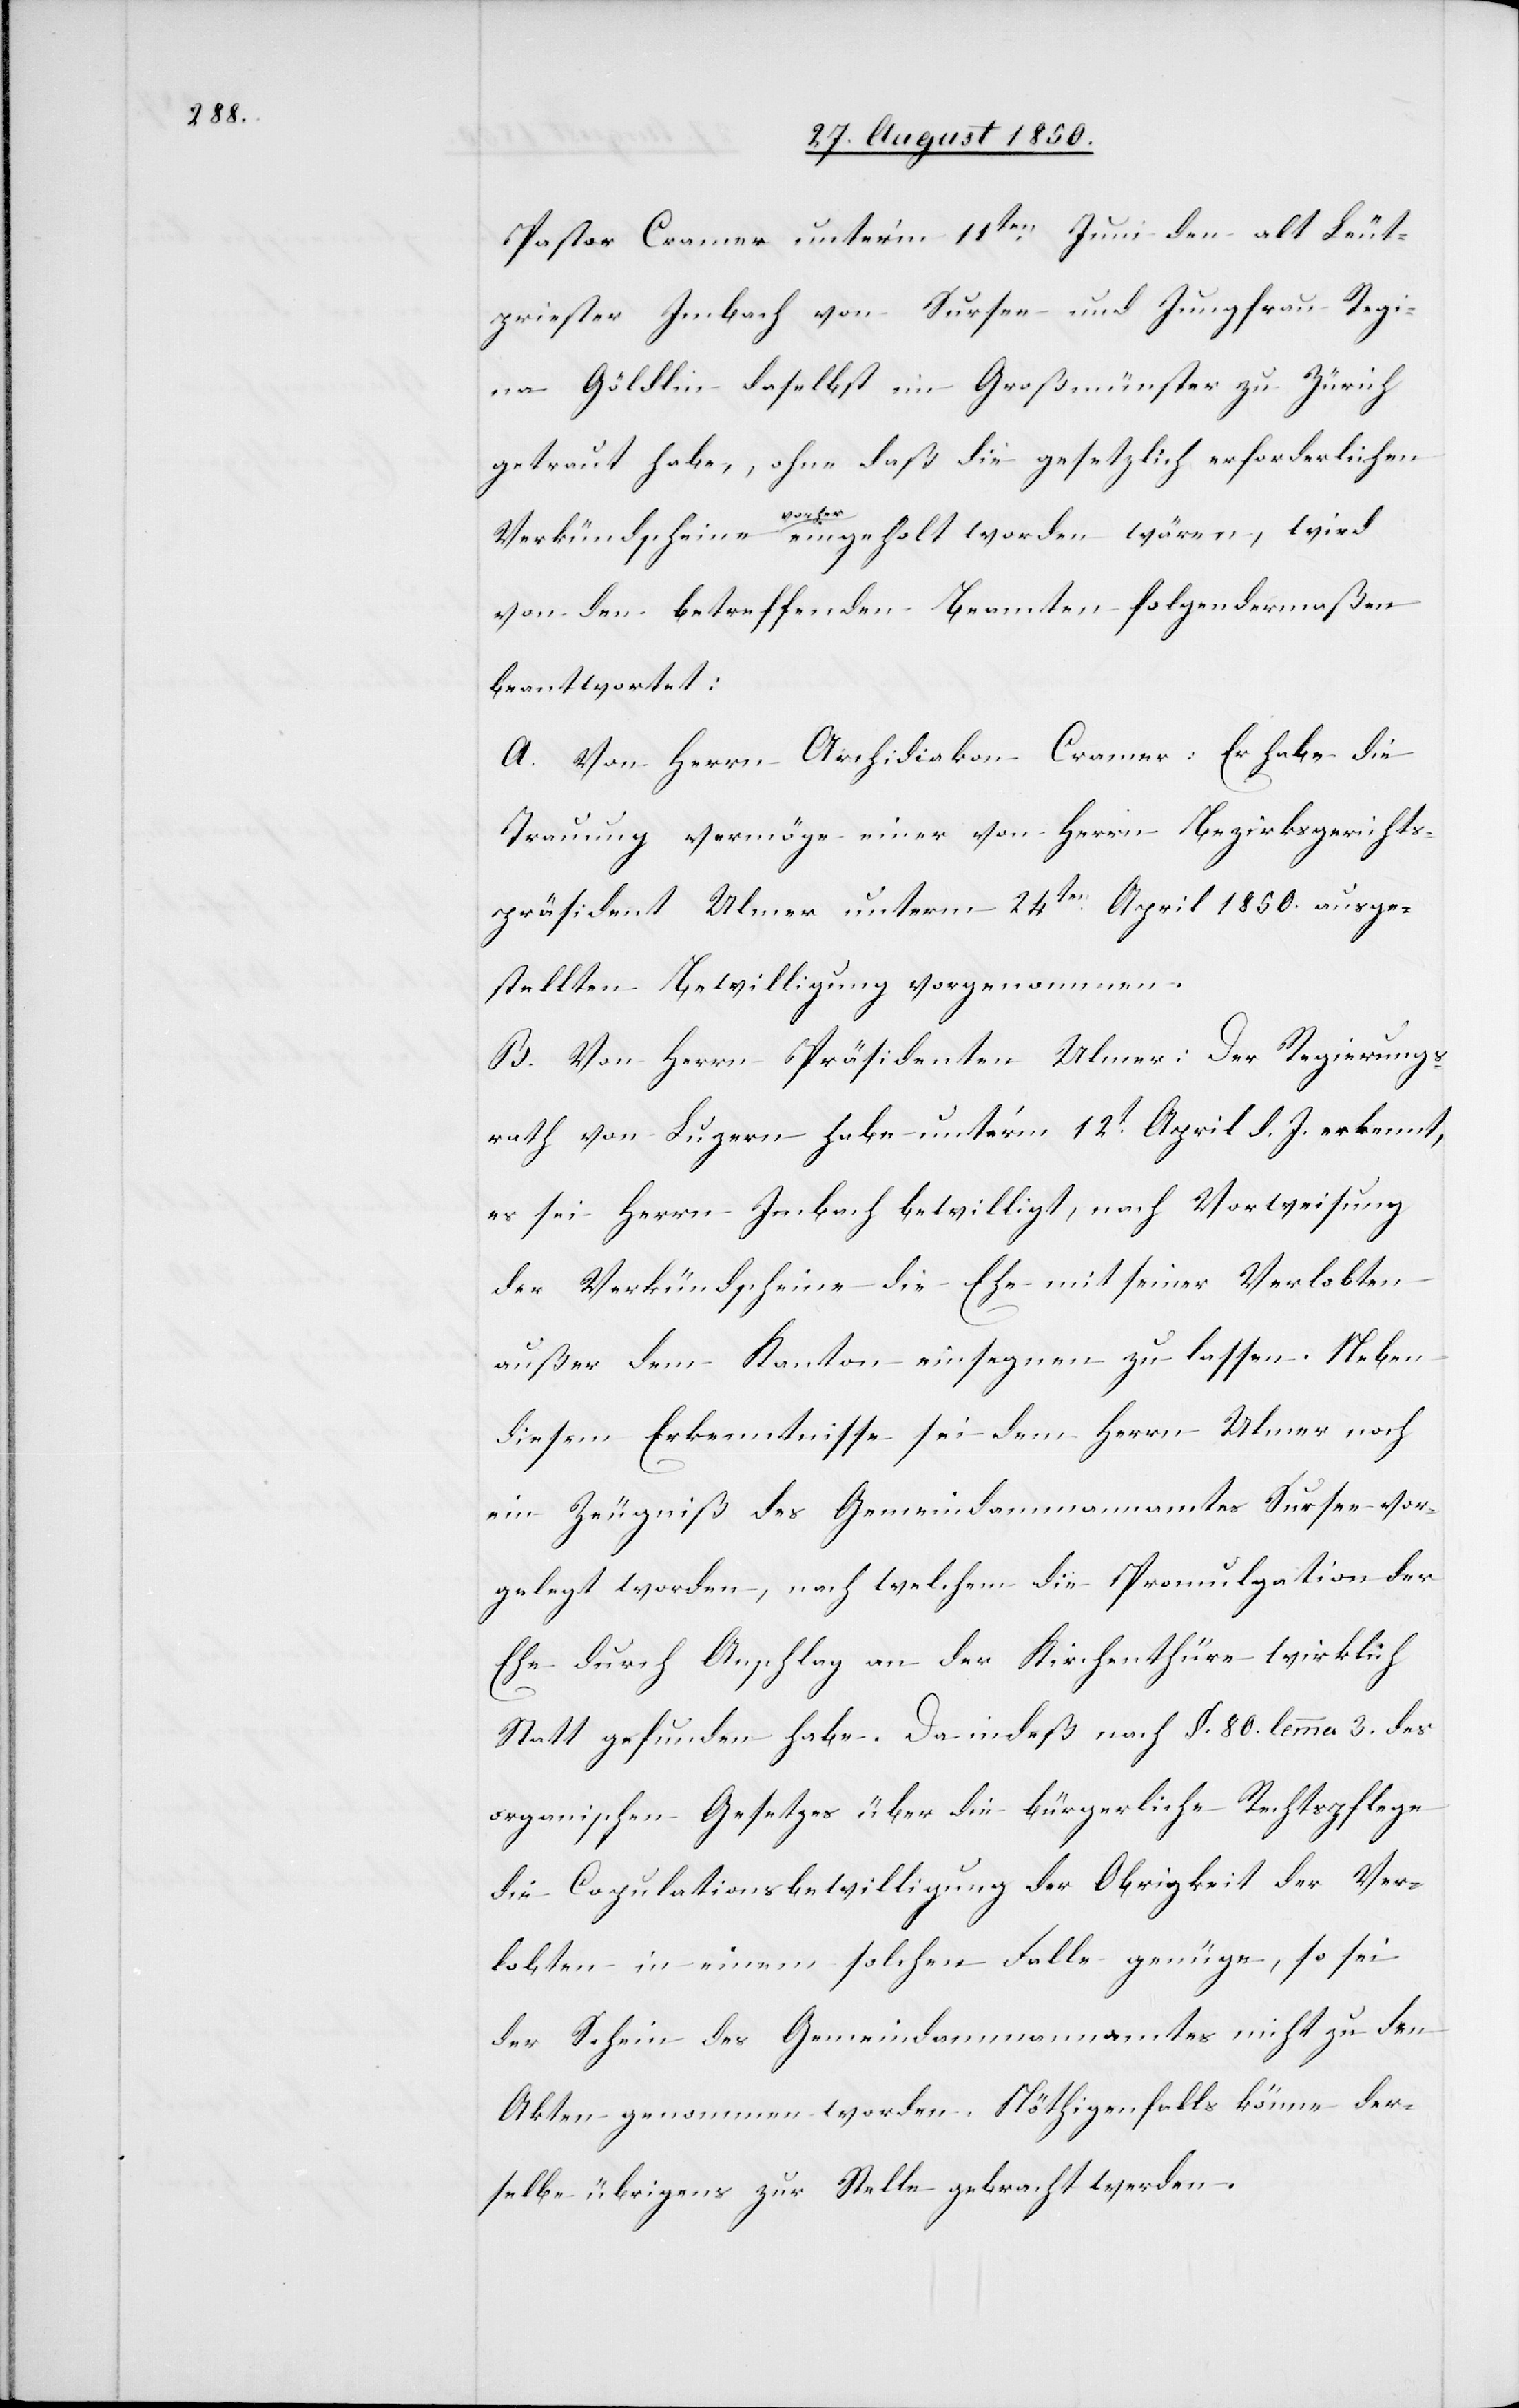
Pastor Cramer unter’m 11ten Juni den alt Leut¬
priester Imbach von Sursee und Jungfrau Regi¬
na Göldlin daselbst im Großmünster zu Zürich
getraut habe, ohne daß die gesetzlich erforderlichen
Verkündscheine vorher eingeholt worden wären, wird
von den betreffenden Beamten folgendermaßen
beantwortet:
A. Von Herrn Archidiakon Cramer: Er habe die
Trauung vermöge einer von Herrn Bezirksgerichts¬
präsident Ulmer unterm 24ten April 1850. ausge¬
stellten Bewilligung vorgenommen.
B. Von Herrn Präsidenten Ulmer: Der Regierungs¬
rath von Luzern habe unter’m 12t April d. J. erkennt,
es sei Herrn Imbach bewilligt, nach Vorweisung
der Verkündscheine die Ehe mit seiner Verlobten
außer dem Kanton einsegnen zu lassen. Neben
diesem Erkenntnisse sei dem Herrn Ulmer noch
ein Zeugniß des Gemeindammannamtes Sursee vor¬
gelegt worden, nach welchem die Promulgation der
Ehe durch Anschlag an der Kirchenthühre wirklich
Statt gefunden habe. Da indeß nach §. 80. lemma 3. des
organischen Gesetzes über die bürgerliche Rechtspflege
die Copulationsbewilligung der Obrigkeit der Ver¬
lobten in einem solchen Falle genüge, so sei
der Schein des Gemeindammannamtes nicht zu den
Akten genommen worden. Nöthigenfalls könne der¬
selbe übrigens zur Stelle gebracht werden.